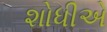
શોધીએ